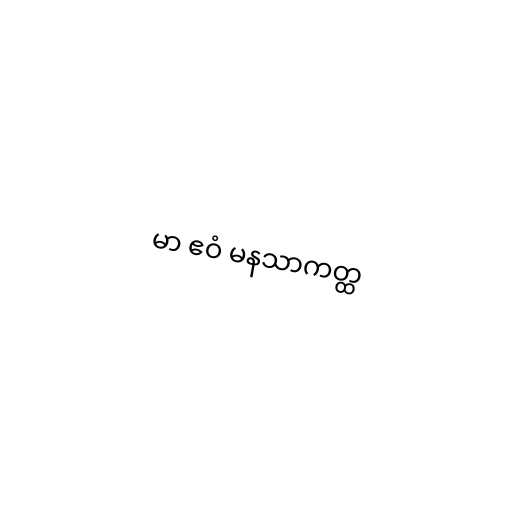
မာ ဧဝံ မနသာကတ္ထ